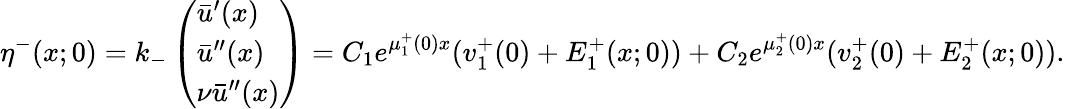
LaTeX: \eta^{-}(x;0)=k_{-}\left(\begin{array}{l}{\bar{u}^{\prime}(x)}\\ {\bar{u}^{\prime\prime}(x)}\\ {\nu\bar{u}^{\prime\prime}(x)}\end{array}\right)=C_{1}e^{\mu_{1}^{+}(0)x}(v_{1}^{+}(0)+E_{1}^{+}(x;0))+C_{2}e^{\mu_{2}^{+}(0)x}(v_{2}^{+}(0)+E_{2}^{+}(x;0)).